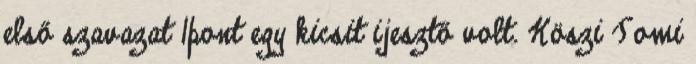
első szavazat 1pont egy kicsit ijesztő volt. Köszi Tomi